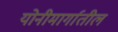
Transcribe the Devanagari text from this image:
योनीमार्गातील